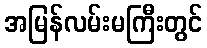
အမြန်လမ်းမကြီးတွင်